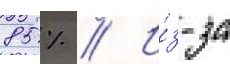
85 % // И́з-за